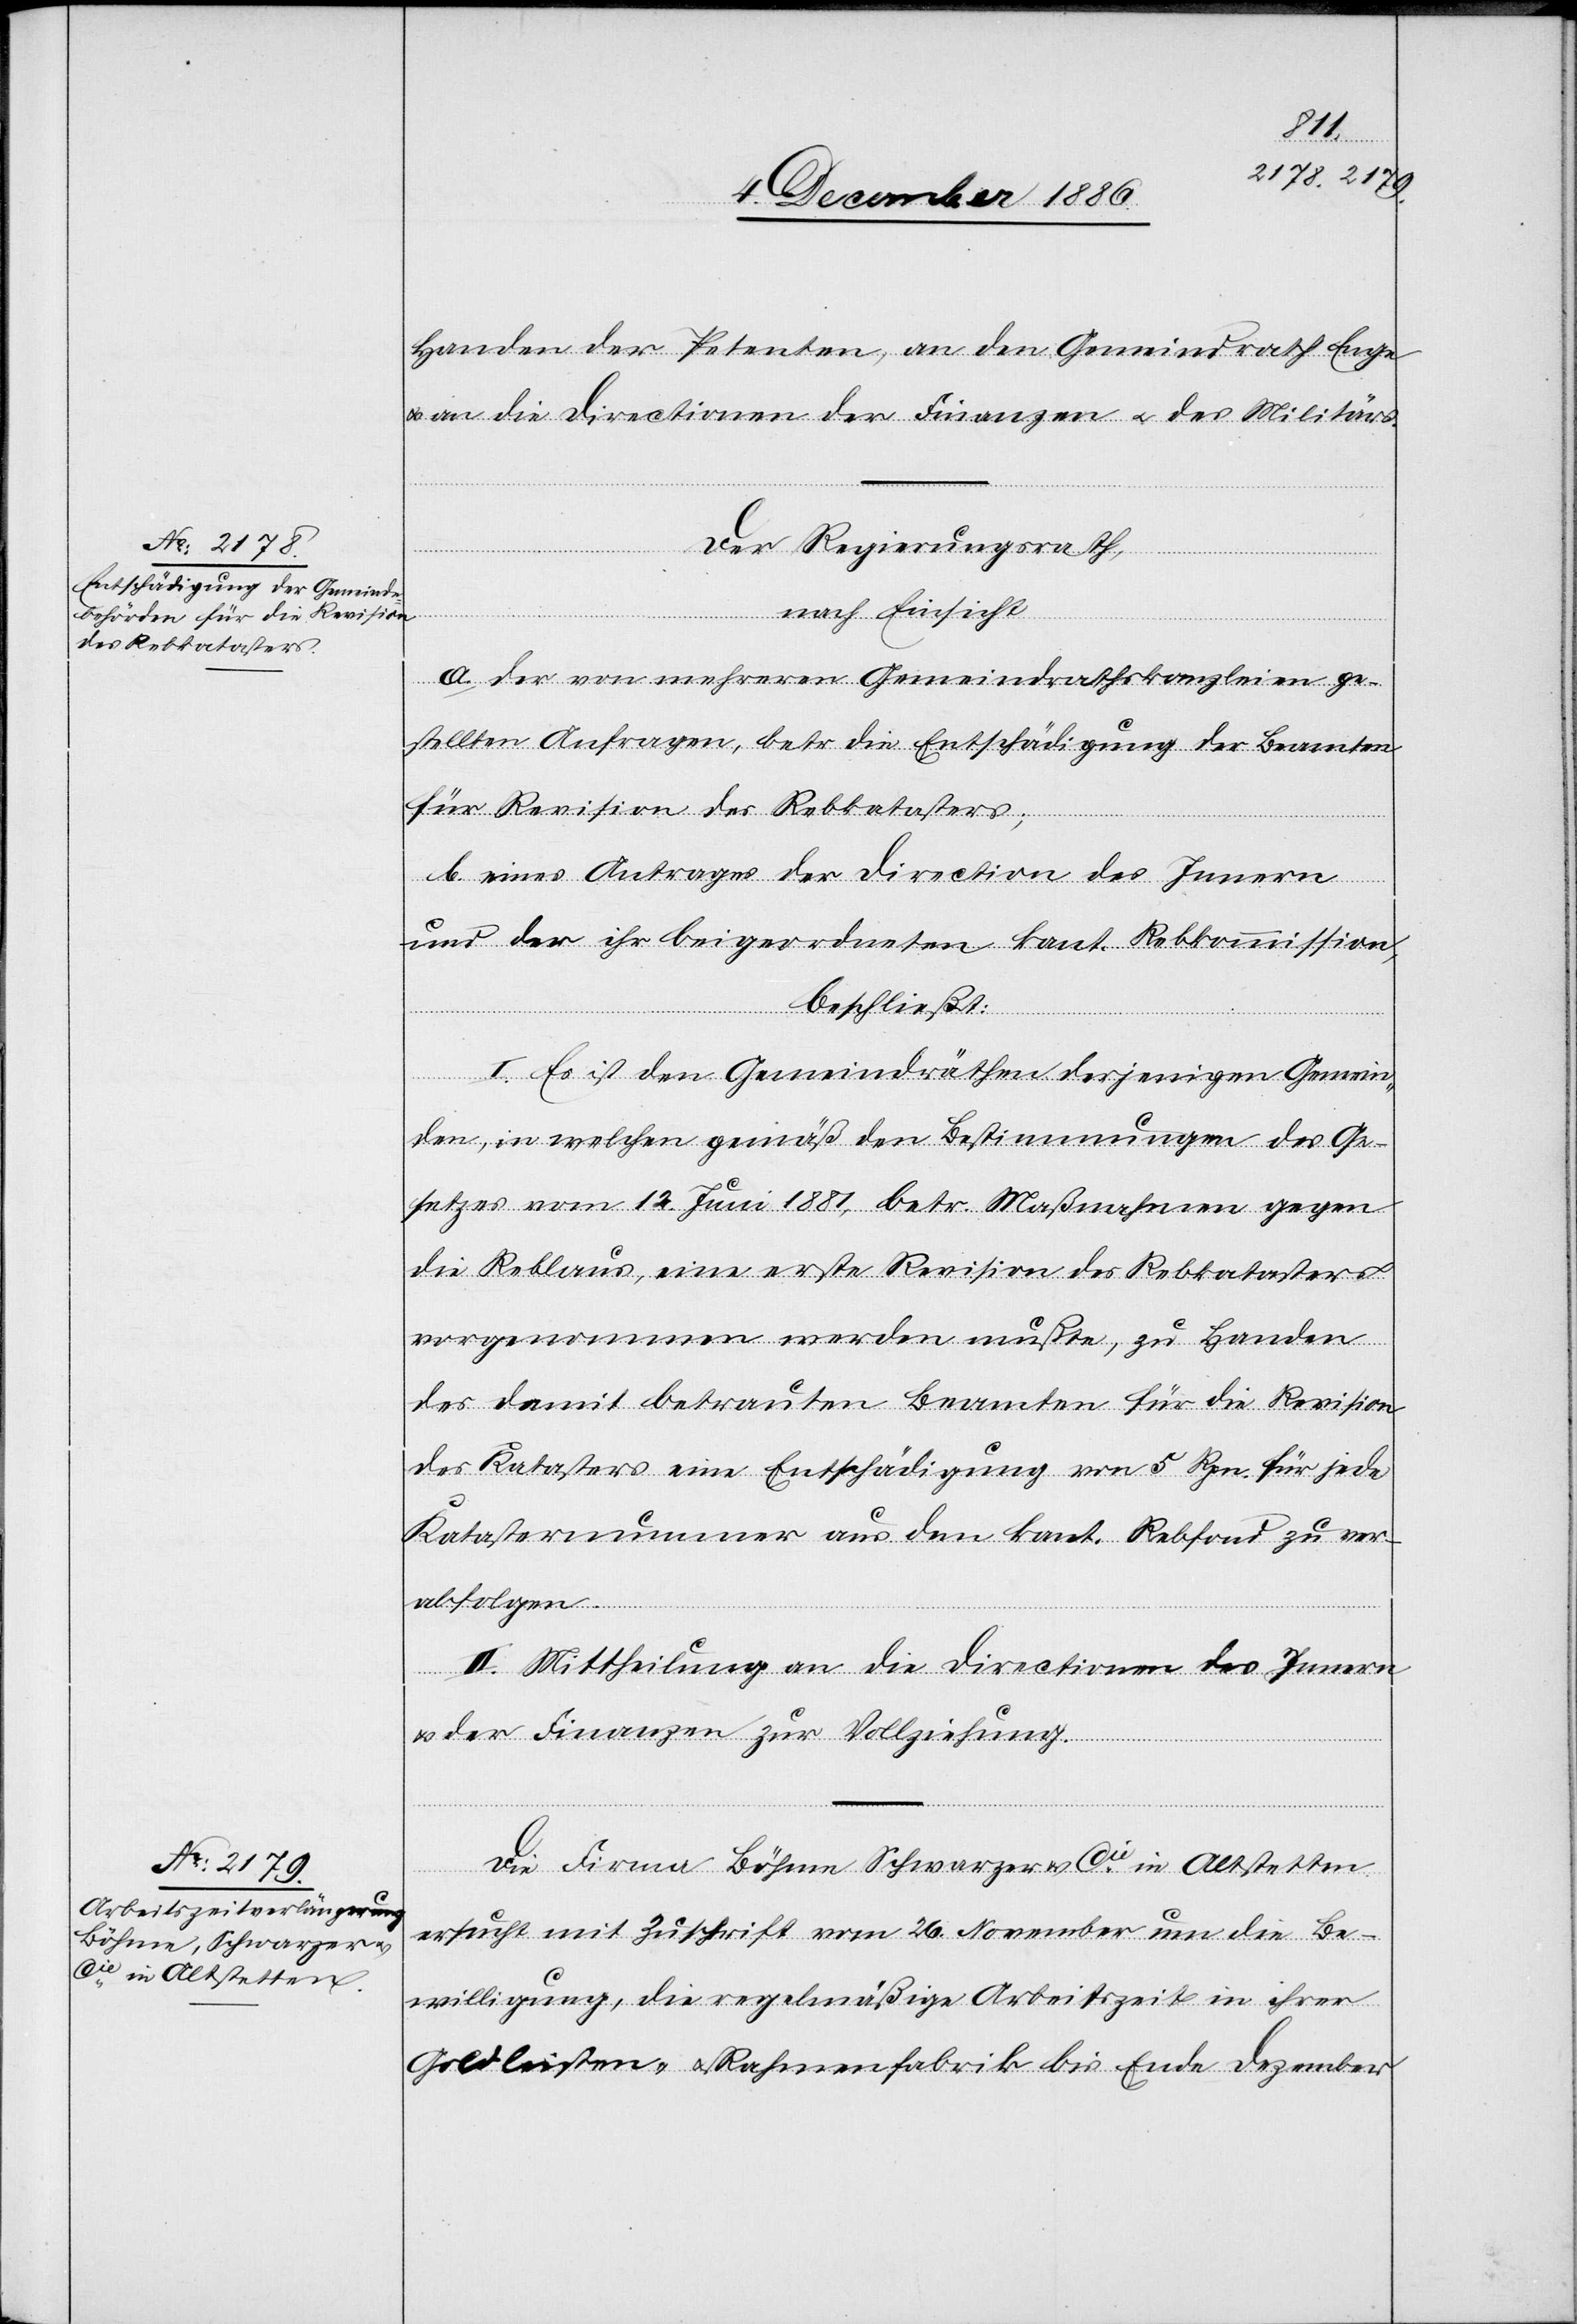
Handen der Petenten, an den Gemeindrath Enge
& an die Directionen der Finanzen & des Militärs.
Der Regierungsrath,
nach Einsicht
a. der von mehreren Gemeindrathskanzleien ge¬
stellten Anfragen, betr. die Entschädigung der Beamten
für Revision des Rebkatasters;
b. eines Antrages der Direction des Innern
und der ihr beigeordneten kant. Rebkommission,
beschließt:
I. Es ist den Gemeindräthen derjenigen Gemein¬
den, in welchen gemäß den Bestimmungen des Ge¬
setzes vom 12. Juni 1881, betr. Maßnahmen gegen
die Reblaus, eine erste Revision des Rebkatasters
vorgenommen werden mußte, zu Handen
des damit betrauten Beamten für die Revision
des Katasters eine Entschädigung von 5 Rpn. für jede
Katasternummer aus dem kant. Rebfond zu ver¬
abfolgen.
II. Mittheilung an die Directionen des Innern
&
der Finanzen zur Vollziehung.
Die Firma Böhme Schwarzer & Cie in Altstetten
ersucht mit Zuschrift vom 26. November um die Be¬
willigung, die regelmäßige Arbeitszeit in ihrer
Goldleisten- & Rahmenfabrik bis Ende Dezember